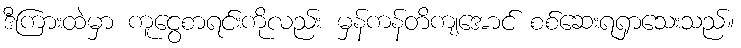
ဒီကြားထဲမှာ ကူငွေစာရင်းကိုလည်း မှန်ကန်တိကျအောင် စစ်ဆေးရရှာသေးသည်။